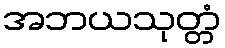
အဘယသုတ္တံ